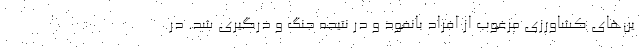
ین‌های کشاورزی مرغوب از افراد بانفوذ و در نتیجه جنگ و درگیری شد. در